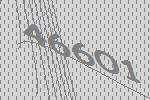
46601